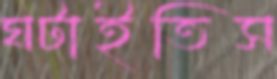
ঘটাইতিস